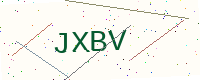
Text: JXBV